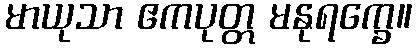
မာယုသာ ဧကပုတ္တ မနုရက္ခေ။